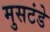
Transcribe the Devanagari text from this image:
मुसटंडे